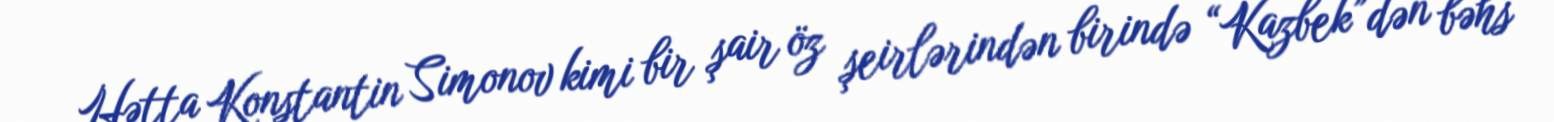
Hətta Konstantin Simonov kimi bir şair öz şeirlərindən birində “Kazbek”dən bəhs